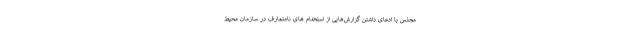
مجلس با ادعای داشتن گزارش‌هایی از استخدام های نامتعارف در سازمان محیط